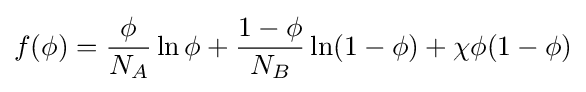
f(\phi )={\frac {\phi }{N_{A}}}\ln \phi +{\frac {1-\phi }{N_{B}}}\ln(1-\phi )+\chi \phi (1-\phi )